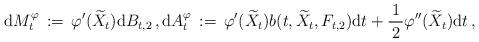
LaTeX: \begin{align*}{\mathrm d} M^{\varphi}_{t} \, :=\, \varphi^{\prime} ( \widetilde{X}_{t}) {\mathrm d} B_{t, 2} \, , {\mathrm d} A_{t}^{\varphi} \, :=\, \varphi^{\prime} ( \widetilde{X}_{t}) b(t, \widetilde{X}_{t}, F_{t, 2}) {\mathrm d} t + \frac{1}{\, 2\, } \varphi^{\prime\prime} ( \widetilde{X}_{t}) {\mathrm d}t \, , \end{align*}